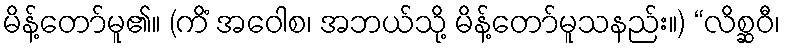
မိန့်တော်မူ၏။ (ကိံ အဝေါစ၊ အဘယ်သို့ မိန့်တော်မူသနည်း။) “လိစ္ဆဝီ၊